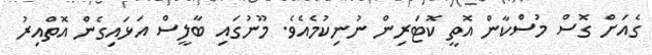
ގެއަށް ގޮސް މުސްކާން އޮތީ ކޮޓަރިން ނުނިކުމެއެވެ. މޫނުގައި ބާލީސް އަޅައިގެން އޮތްއިރު